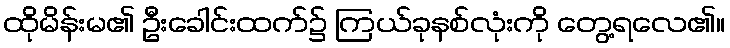
ထိုမိန်းမ၏ ဦးခေါင်းထက်၌ ကြယ်ခုနစ်လုံးကို တွေ့ရလေ၏။